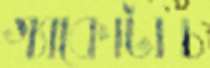
গ্যাকোটাচ